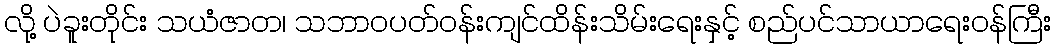
လို့ ပဲခူးတိုင်း သယံဇာတ၊ သဘာဝပတ်ဝန်းကျင်ထိန်းသိမ်းရေးနှင့် စည်ပင်သာယာရေးဝန်ကြီး